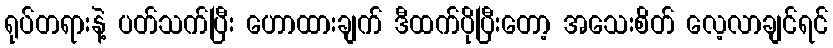
ရုပ်တရားနဲ့ ပတ်သက်ပြီး ဟောထားချက် ဒီထက်ပိုပြီးတော့ အသေးစိတ် လေ့လာချင်ရင်